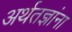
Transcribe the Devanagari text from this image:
अर्थतज्ञांना